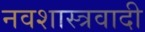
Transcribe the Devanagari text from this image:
नवशास्त्रवादी